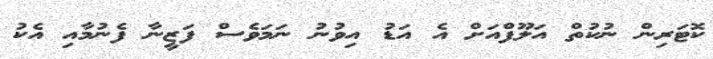
ކޮޓަރިން ނުކުތް އަލޫފްއަށް އެ އަޑު އިވުނު ނަމަވެސް ފަޒީނާ ފެނުމާއި އެކު